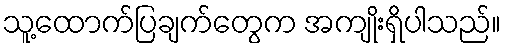
သူ့ထောက်ပြချက်တွေက အကျိုးရှိပါသည်။